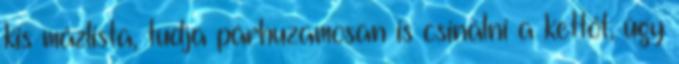
kis mázlista, tudja párhuzamosan is csinálni a kettőt, úgy